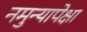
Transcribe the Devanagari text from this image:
नमुन्यापेक्षा